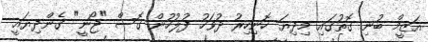
އަޒީމް ބުނި ގޮތުގައި މިދިޔަ ހޮނިހިރު ދުވަހު ފުލުހުން ގޮސް "ޖޯނީ" ގެންދިޔައީ